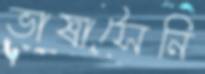
ভাষাসৈনি